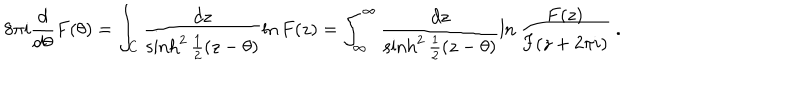
LaTeX: 8 \pi i \frac { d } { d \theta } F ( \theta ) = \int _ { C } \frac { d z } { \sinh ^ { 2 } { \frac { 1 } { 2 } ( z - \theta ) } } \ln F ( z ) = \int _ { \infty } ^ { \infty } \frac { d z } { \sinh ^ { 2 } { \frac { 1 } { 2 } ( z - \theta ) } } \ln { \frac { F ( z ) } { F ( z + 2 \pi i ) } } \ .